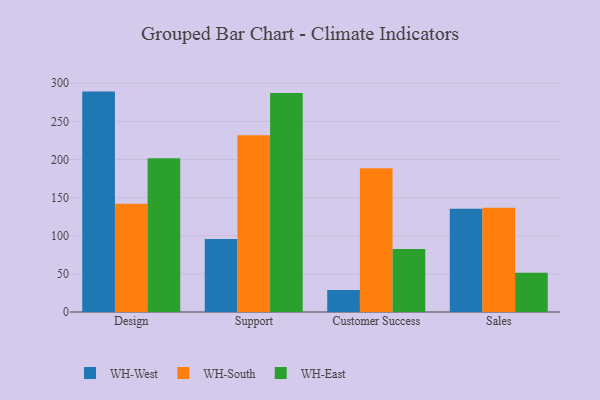
{"axis": {"x": "Department", "y": "Waste Production (Tons)"}, "legend": ["WH-East", "WH-South", "WH-West"], "data": [{"x": "Design", "y": 289.1, "type": "WH-West"}, {"x": "Design", "y": 142.1, "type": "WH-South"}, {"x": "Design", "y": 201.7, "type": "WH-East"}, {"x": "Support", "y": 95.9, "type": "WH-West"}, {"x": "Support", "y": 231.7, "type": "WH-South"}, {"x": "Support", "y": 287.4, "type": "WH-East"}, {"x": "Customer Success", "y": 28.8, "type": "WH-West"}, {"x": "Customer Success", "y": 188.7, "type": "WH-South"}, {"x": "Customer Success", "y": 82.7, "type": "WH-East"}, {"x": "Sales", "y": 135.4, "type": "WH-West"}, {"x": "Sales", "y": 136.8, "type": "WH-South"}, {"x": "Sales", "y": 51.5, "type": "WH-East"}]}